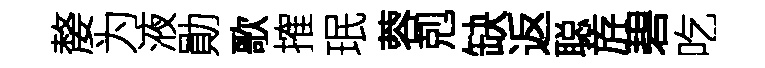
嫠为液勛歌搉珉蓉剋缺返聪斿碧吃